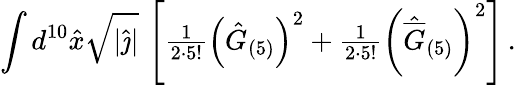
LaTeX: \int d^{10}\hat{x}\sqrt{|\hat{\jmath}|}\, \left[{\textstyle\frac{1}{2\cdot 5!}}\left(\hat{G}_{(5)}\right)^{2}+{\textstyle\frac{1}{2\cdot 5!}}\left(\hat{\overline{{{G}}}}_{(5)}\right)^{2}\right]\, .